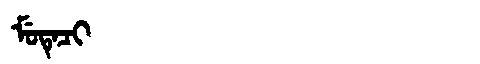
Manchu: ᠮᡠᡨᡝᠴᡳ
Romanization: MUTECI